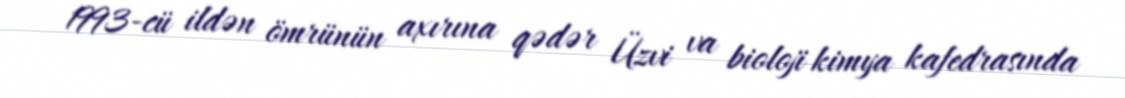
1993-cü ildən ömrünün axırına qədər Üzvi va bioloji kimya kafedrasında